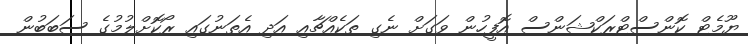
ޔޫމެޓް ކޮންސްޓްރަކްޝަންސް އޮފީހުން ވަގަށް ނެގި ތަކެއްޗާއި އަދި އެތަނުގައި ރޯކޮށްލުމުގެ ސަބަބުން